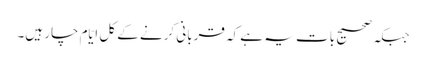
جبکہ صحیح بات یہ ہے کہ قربانی کرنے کے کل ایّام چار ہیں۔